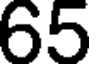
65